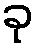
ခု